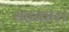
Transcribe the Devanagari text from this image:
सहकार।